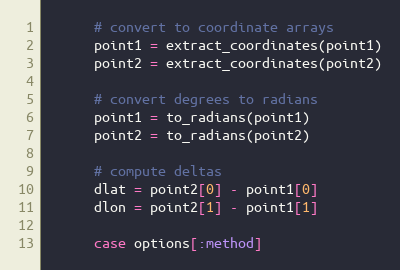
Language: Ruby
      # convert to coordinate arrays
      point1 = extract_coordinates(point1)
      point2 = extract_coordinates(point2)

      # convert degrees to radians
      point1 = to_radians(point1)
      point2 = to_radians(point2)

      # compute deltas
      dlat = point2[0] - point1[0]
      dlon = point2[1] - point1[1]

      case options[:method]